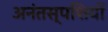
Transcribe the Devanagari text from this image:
अनंतस्पशियों